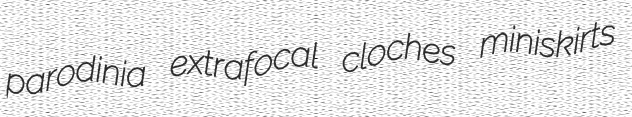
parodinia extrafocal cloches miniskirts